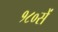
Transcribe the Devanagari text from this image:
१८०सें